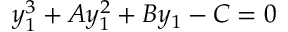
y _ { 1 } ^ { 3 } + A y _ { 1 } ^ { 2 } + B y _ { 1 } - C = 0